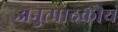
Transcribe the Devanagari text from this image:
अनुत्पादकीय